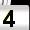
Digit: 4